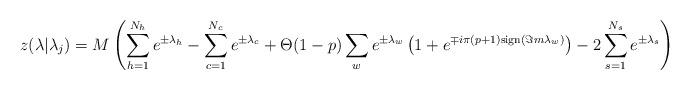
LaTeX: \begin{align*}z(\lambda |\lambda _{j})=M\left( \sum ^{N_{h}}_{h=1}e^{\pm \lambda _{h}}-\sum _{c=1}^{N_{c}}e^{\pm \lambda _{c}}+\Theta (1-p)\sum _{w}e^{\pm \lambda _{w}}\left( 1+e^{\mp i\pi (p+1)\mathrm{sign}(\Im m\lambda _{w})}\right) -2\sum ^{N_{s}}_{s=1}e^{\pm \lambda _{s}}\right)\end{align*}